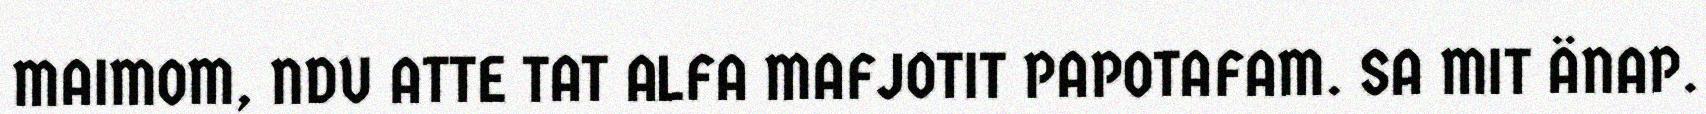
MAIMOM, NDU ATTE TAT ALFA MAFJOTIT PAPOTAFAM. SA MIT ÄNAP.